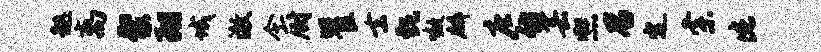
趑离粲翔城澈今厨瞿去甄嗷麟庄仿芸熙召定索此